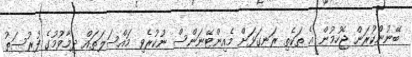
ބޭނުންކުރަން ޖެހުމުން އެ ތަކެތި ރަނގަޅަށް މެއިންޓޭނަންސް ނުކުރެވި މައްސަލަތައް ދިމާވުމުގެ ފުރުސަތު